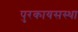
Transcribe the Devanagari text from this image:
पुरकायसस्था